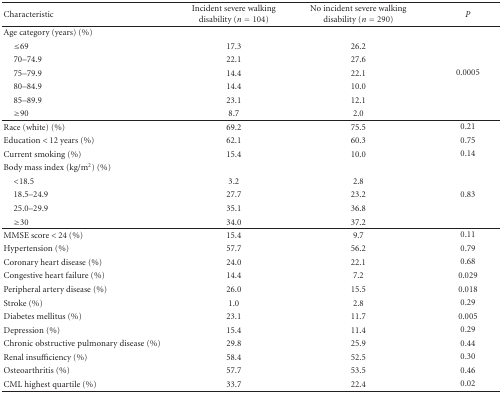
| Characteristic | Incident severe walking disability (n = 104) | No incident severe walking disability (n = 290) | P |
 | --- | --- | --- | --- |
 | Age category (years) (%) |  |  |  |
 | ≤69 | 17.3 | 26.2 |  |
 | 70–74.9 | 22.1 | 27.6 |  |
 | 75–79.9 | 14.4 | 22.1 | 0.0005 |
 | 80–84.9 | 14.4 | 10.0 |  |
 | 85–89.9 | 23.1 | 12.1 |  |
 | ≥90 | 8.7 | 2.0 |  |
 | Race (white) (%) | 69.2 | 75.5 | 0.21 |
 | Education < 12 years (%) | 62.1 | 60.3 | 0.75 |
 | Current smoking (%) | 15.4 | 10.0 | 0.14 |
 | Body mass index (kg/m2) (%) |  |  |  |
 | <18.5 | 3.2 | 2.8 |  |
 | 18.5–24.9 | 27.7 | 23.2 | 0.83 |
 | 25.0–29.9 | 35.1 | 36.8 |  |
 | ≥30 | 34.0 | 37.2 |  |
 | MMSE score < 24 (%) | 15.4 | 9.7 | 0.11 |
 | Hypertension (%) | 57.7 | 56.2 | 0.79 |
 | Coronary heart disease (%) | 24.0 | 22.1 | 0.68 |
 | Congestive heart failure (%) | 14.4 | 7.2 | 0.029 |
 | Peripheral artery disease (%) | 26.0 | 15.5 | 0.018 |
 | Stroke (%) | 1.0 | 2.8 | 0.29 |
 | Diabetes mellitus (%) | 23.1 | 11.7 | 0.005 |
 | Depression (%) | 15.4 | 11.4 | 0.29 |
 | Chronic obstructive pulmonary disease (%) | 29.8 | 25.9 | 0.44 |
 | Renal insufficiency (%) | 58.4 | 52.5 | 0.30 |
 | Osteoarthritis (%) | 57.7 | 53.5 | 0.46 |
 | CML highest quartile (%) | 33.7 | 22.4 | 0.02 |